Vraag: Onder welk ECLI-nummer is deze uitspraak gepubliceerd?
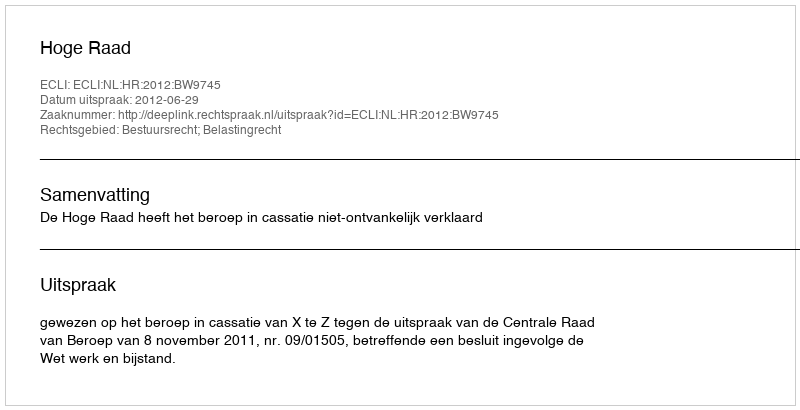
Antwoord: ECLI:NL:HR:2012:BW9745